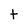
Character: t